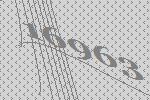
16963